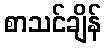
စာသင်ချိန်